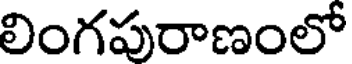
లింగపురాణంలో